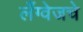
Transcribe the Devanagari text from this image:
लँग्वेजचे